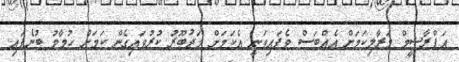
އަފްރާޝީމް މަރާލިކަމަށް އެއްބަސް ވެފައިވަނީ އެކަމަށް މަޖުބޫރު ކުރުވައިގެން ކަމަށް ހުމާމު ބުނެފައި